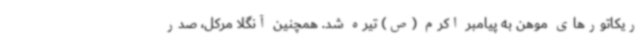
ریکاتورهای موهن به پیامبر اکرم (ص) تیره شد. همچنین آنگلا مرکل،‌ صدر